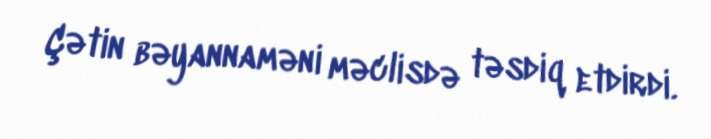
Çətin bəyannaməni məclisdə təsdiq etdirdi.